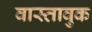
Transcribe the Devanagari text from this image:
वास्तावुक